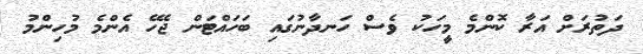
ދަތުރަށް އަރާ ކޮންމެ މީހަކު ވެސް ހަނދާނުގައި ބަހައްޓަން ޖެހޭ އެންމެ މުހިންމު